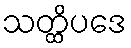
သတ္ထိပဒေ